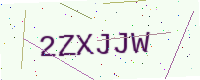
Text: 2ZXJJW